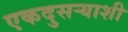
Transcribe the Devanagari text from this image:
एकदुसऱ्याशी